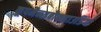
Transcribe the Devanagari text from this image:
कूपमैन्सबौकहाउडिंग